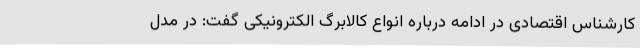
کارشناس اقتصادی در ادامه درباره انواع کالابرگ الکترونیکی گفت: در مدل